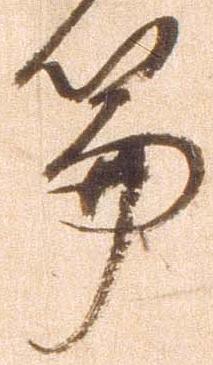
篇